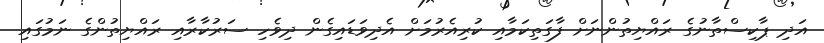
އަދި ޕާކިސްތާނުގެ ރައްޔިތުންނަށް ފާގަތިކަމާއި ކުރިއެރުމަށް އެދިވަޑައިގެން ދިވެހި ސަރުކާރާއި ރައްޔިތުންގެ ނަމުގައި